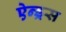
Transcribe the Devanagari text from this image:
ऐन्ड्रस